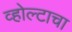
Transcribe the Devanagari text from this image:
व्होल्टाचा